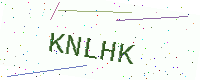
Text: KNLHK